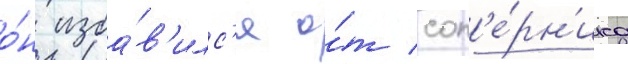
о́н изба́в'илс'я о́т соп'е́рн'ика